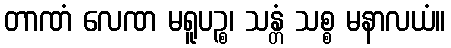
တာဏံ လေဏ မရူပဉ္စ၊ သန္တံ သစ္စ မနာလယံ။